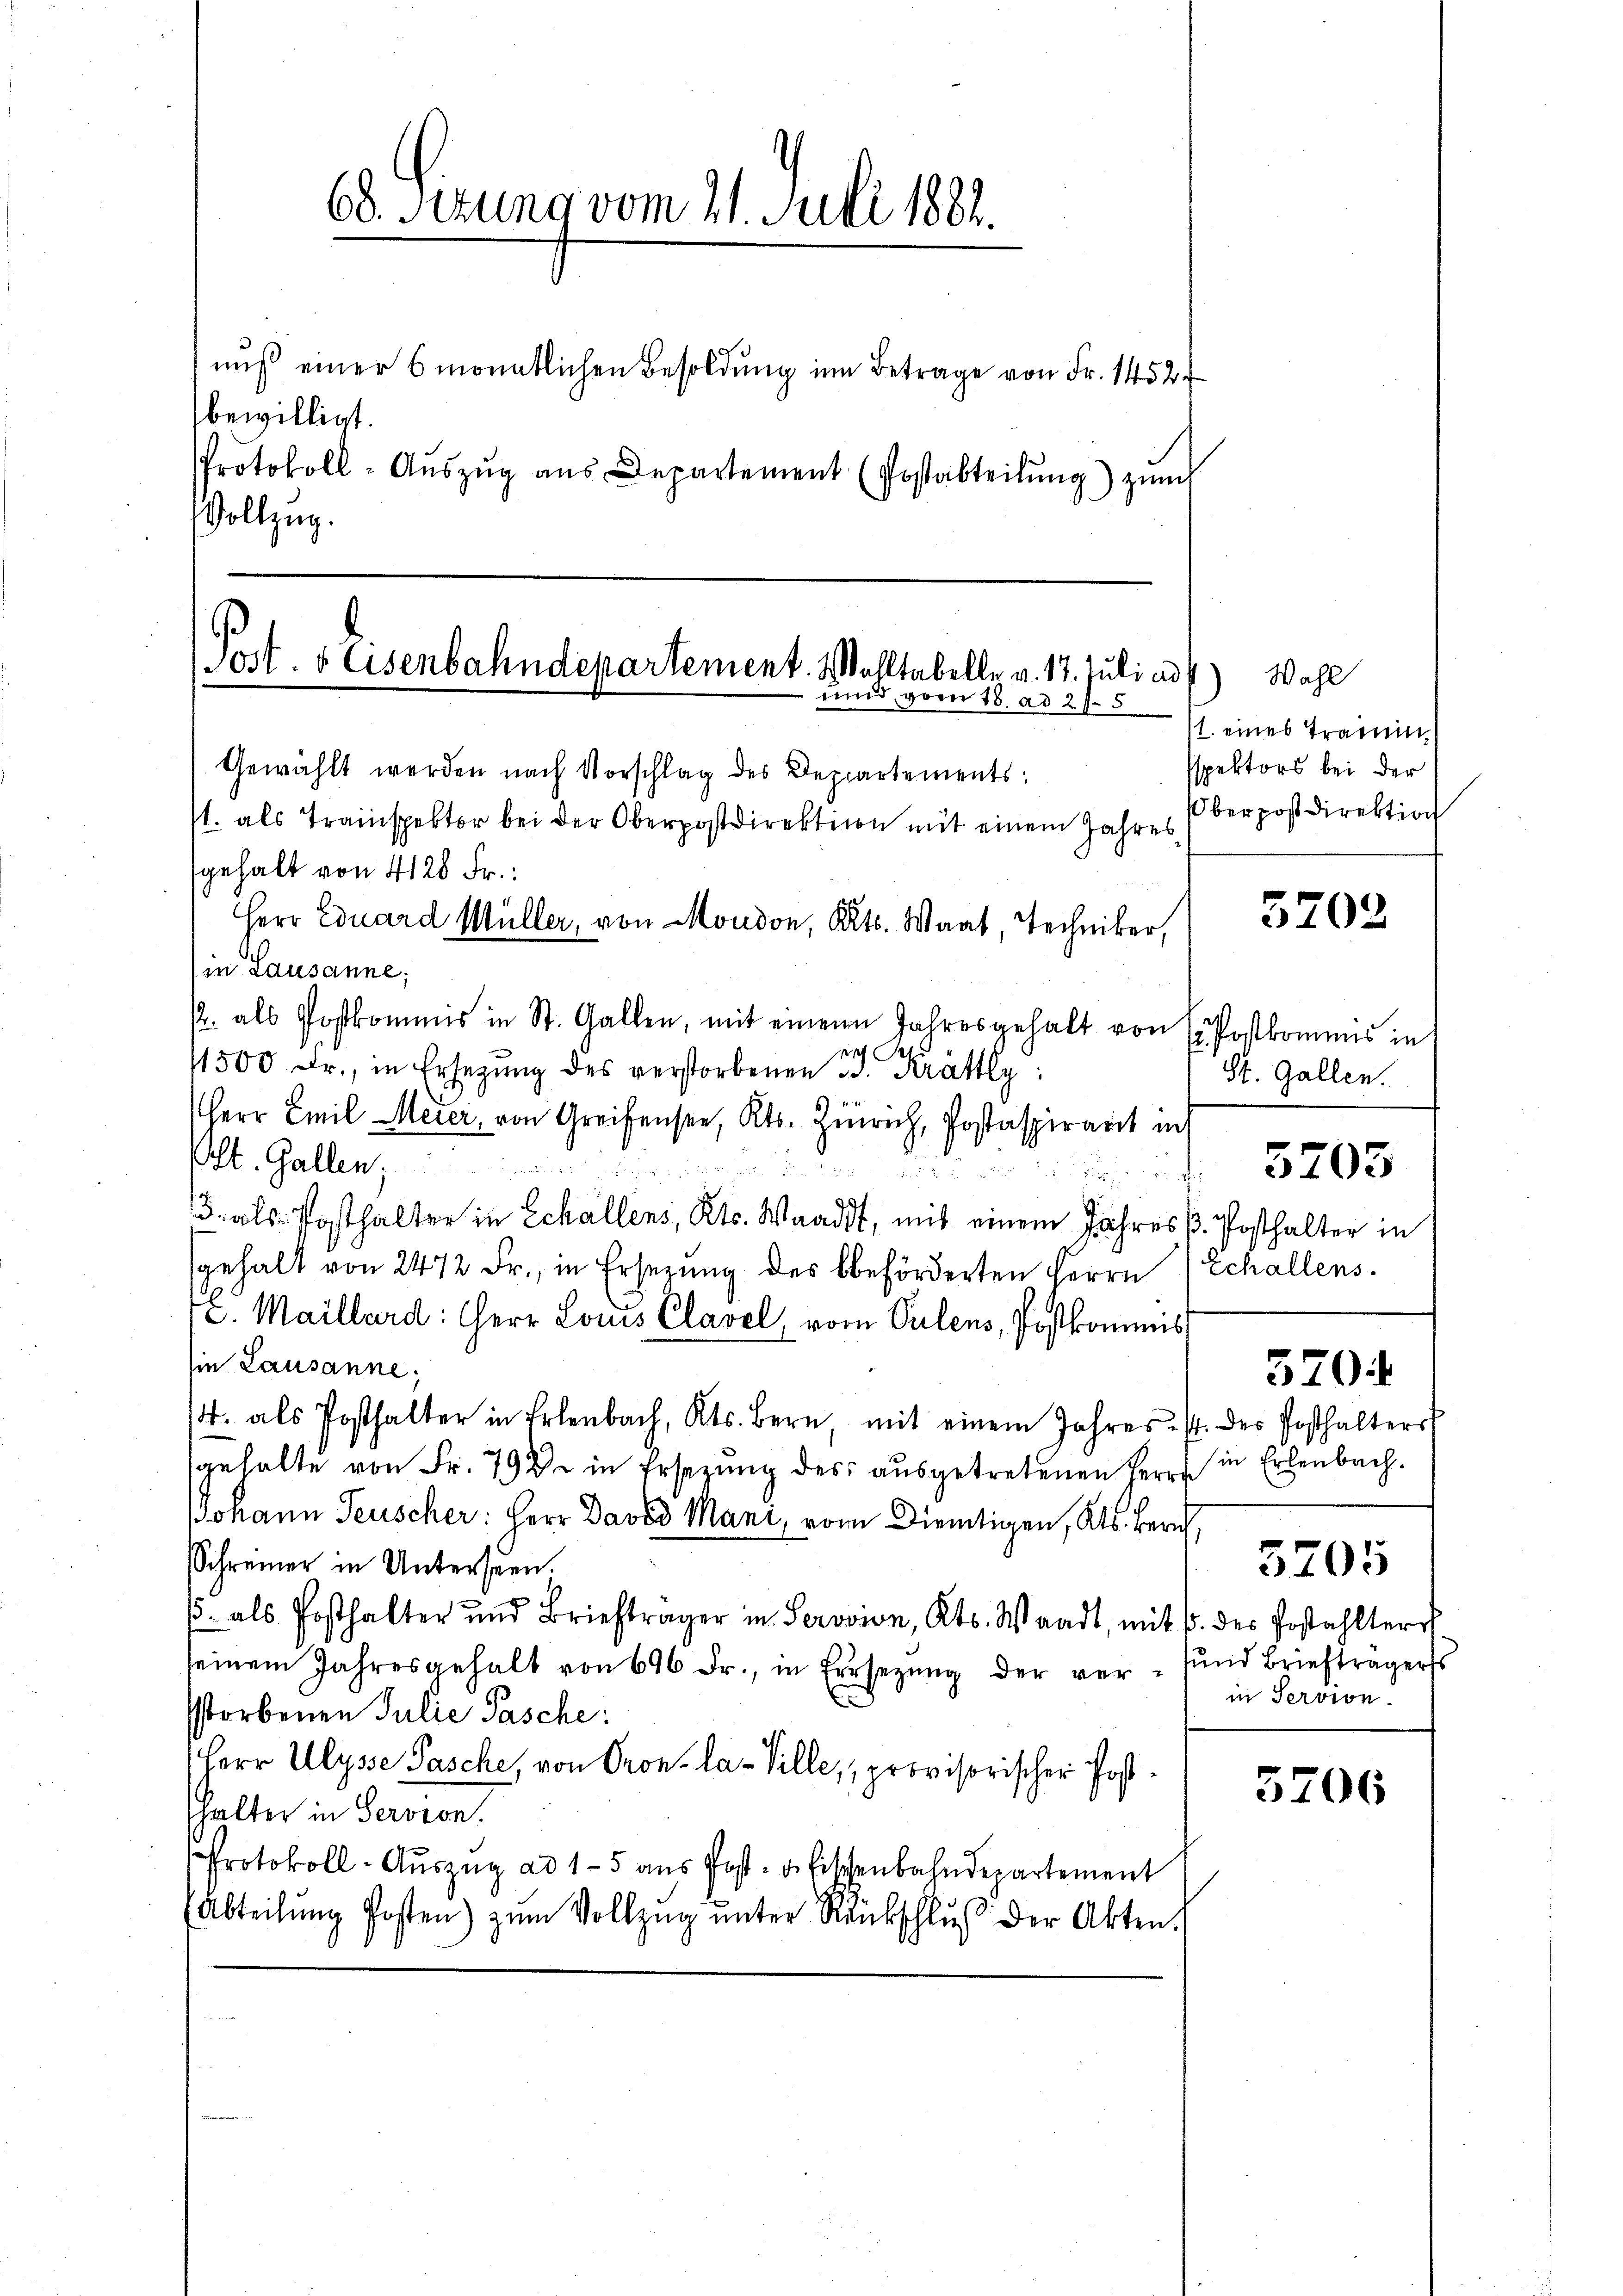
bewilligt.
Vollzug.

68. Setung vom 21. Juli 1882.
nŭβ einer 6 monatlichen Besoldŭng im Betrage von Fr. 1452.
Protokoll-Aŭszŭg aŭs Departement (Postabteilŭng zŭm

Post. 8 Eisenbahndepartement. Wohltabelle v. 17. Juli ad
und, vom 18. ad 27. 5
Gewählt werden nach Vorschlag des Departements:

gehalt von 4128 Fr.
in Lausanne;
p. als Postkommis in St. Gallen, mit einen Jahresgehalt von (Postkomens in
i
1500 Fr., in Ersetzŭng des verstorbenen u. Krättly:
Herr Emil Meier, von Greifensee, Kts. Zürich, Postaspiranit in
St. Gallen,
un in d
3. als Posthalter in Schallens, Kts. Waadt, mit einem Jahres p. Posthalter in
gehalt von 2472 Fr., in Ersezung des beförderten Herrn Echallens.
2. Maillard: Herr Louis Clavel, vom Pulens, Postkommis
ie Lausanne;
14. als Posthalter in Erlenbach, Kts. Bern, mit einem Jahres. f. der Posthalters
gehalte von Fr. 792 in Ersezung des ausgetretenen Herrn in Erlenbach¬
Johann Feuscher: Herr David Mani, vom Dientigen, Kts. Zürich,
Schreiner in Unterseen.
/. als Posthalter und Briefträger in Serovion, Kts. Waadt, mit 1. des Postahlters
seinem Jahresgehalt von 696 Fr., in Ersezung der ver- und Briefträgers
storbenen Julie Pasche:
Herr Ulysse Pasche, von Cron-la-Ville, provisorischer Posthalter in Servion.
Protokoll-Aŭszŭg ad 15 aŭs Post- u. Fischenbahndepartement
Abteilung Posten) zum Vollzug unter Rückschluß der Akten.

/1. als Trainspektor bei der Oberpostdirektion mit einem Jahres
Herr Eduard Müller, von Moudon, Kts. Waat, Techniker,

Wahl
t. eines Traum.
spektors bei der
Oberpost Direktion

5202

St. Gallen.

3205

570.

in Servion.

5705

5706